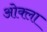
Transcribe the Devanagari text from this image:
ओक्ला